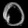
Digit: ၀